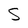
Character: S